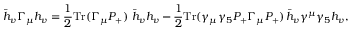
\bar { h } _ { v } \Gamma _ { \mu } h _ { v } = \frac { 1 } { 2 } \mathrm { T r } ( \Gamma _ { \mu } P _ { + } ) \ \bar { h } _ { v } h _ { v } - \frac { 1 } { 2 } \mathrm { T r } ( \gamma _ { \mu } \gamma _ { 5 } P _ { + } \Gamma _ { \mu } P _ { + } ) \, \bar { h } _ { v } \gamma ^ { \mu } \gamma _ { 5 } h _ { v } ,